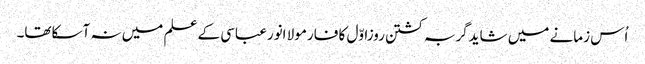
اُس زمانے میں شایدگربہ کشتن روزاوّل کا فارمولا انورعباسی کے علم میں نہ آسکاتھا۔